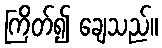
ကြိတ်၍ ချေသည်။